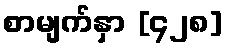
စာမျက်နှာ [၄၂၈]